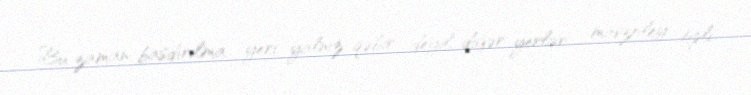
Bu zaman basdırılma yeri yalnız qəbir deyil, digər yerlər - mavzoley tipli